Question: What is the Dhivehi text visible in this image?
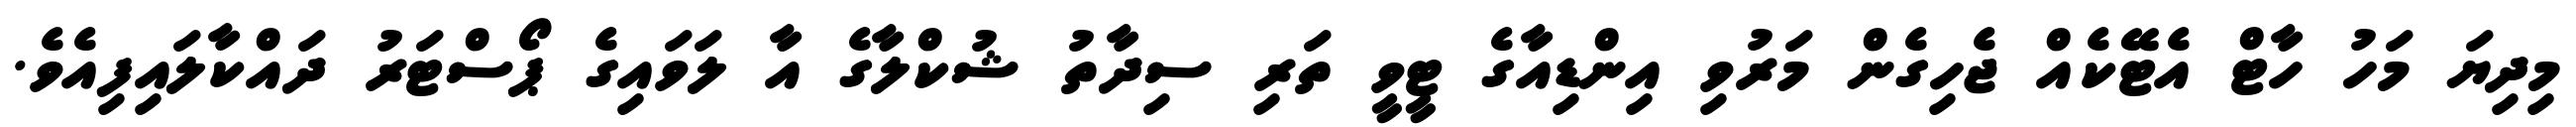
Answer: މިދިޔަ މަހު ހާޓް އެޓޭކެއް ޖެހިގެން މަރުވި އިންޑިއާގެ ޓީވީ ތަރި ސިދާތު ޝުކްލާގެ އާ ލަވައިގެ ޕޯސްޓަރު ދައްކާލައިފިއެވެ.